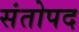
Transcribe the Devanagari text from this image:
संतोपद